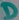
Text: D